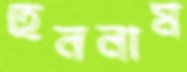
হেললাম